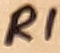
Text: R1